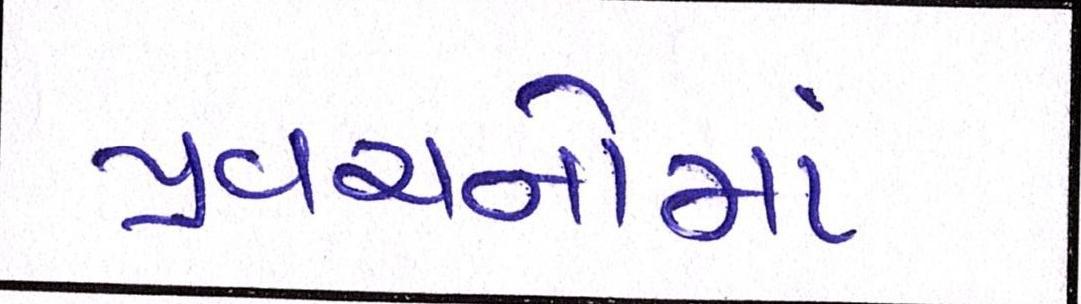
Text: પ્રવચનોમાં